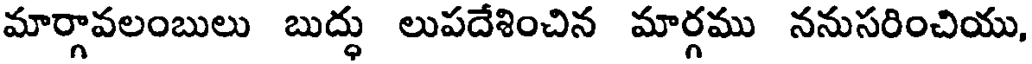
మార్గావలంబులు బుద్ధు లుపదేశించిన మార్గము ననుసరించియు,